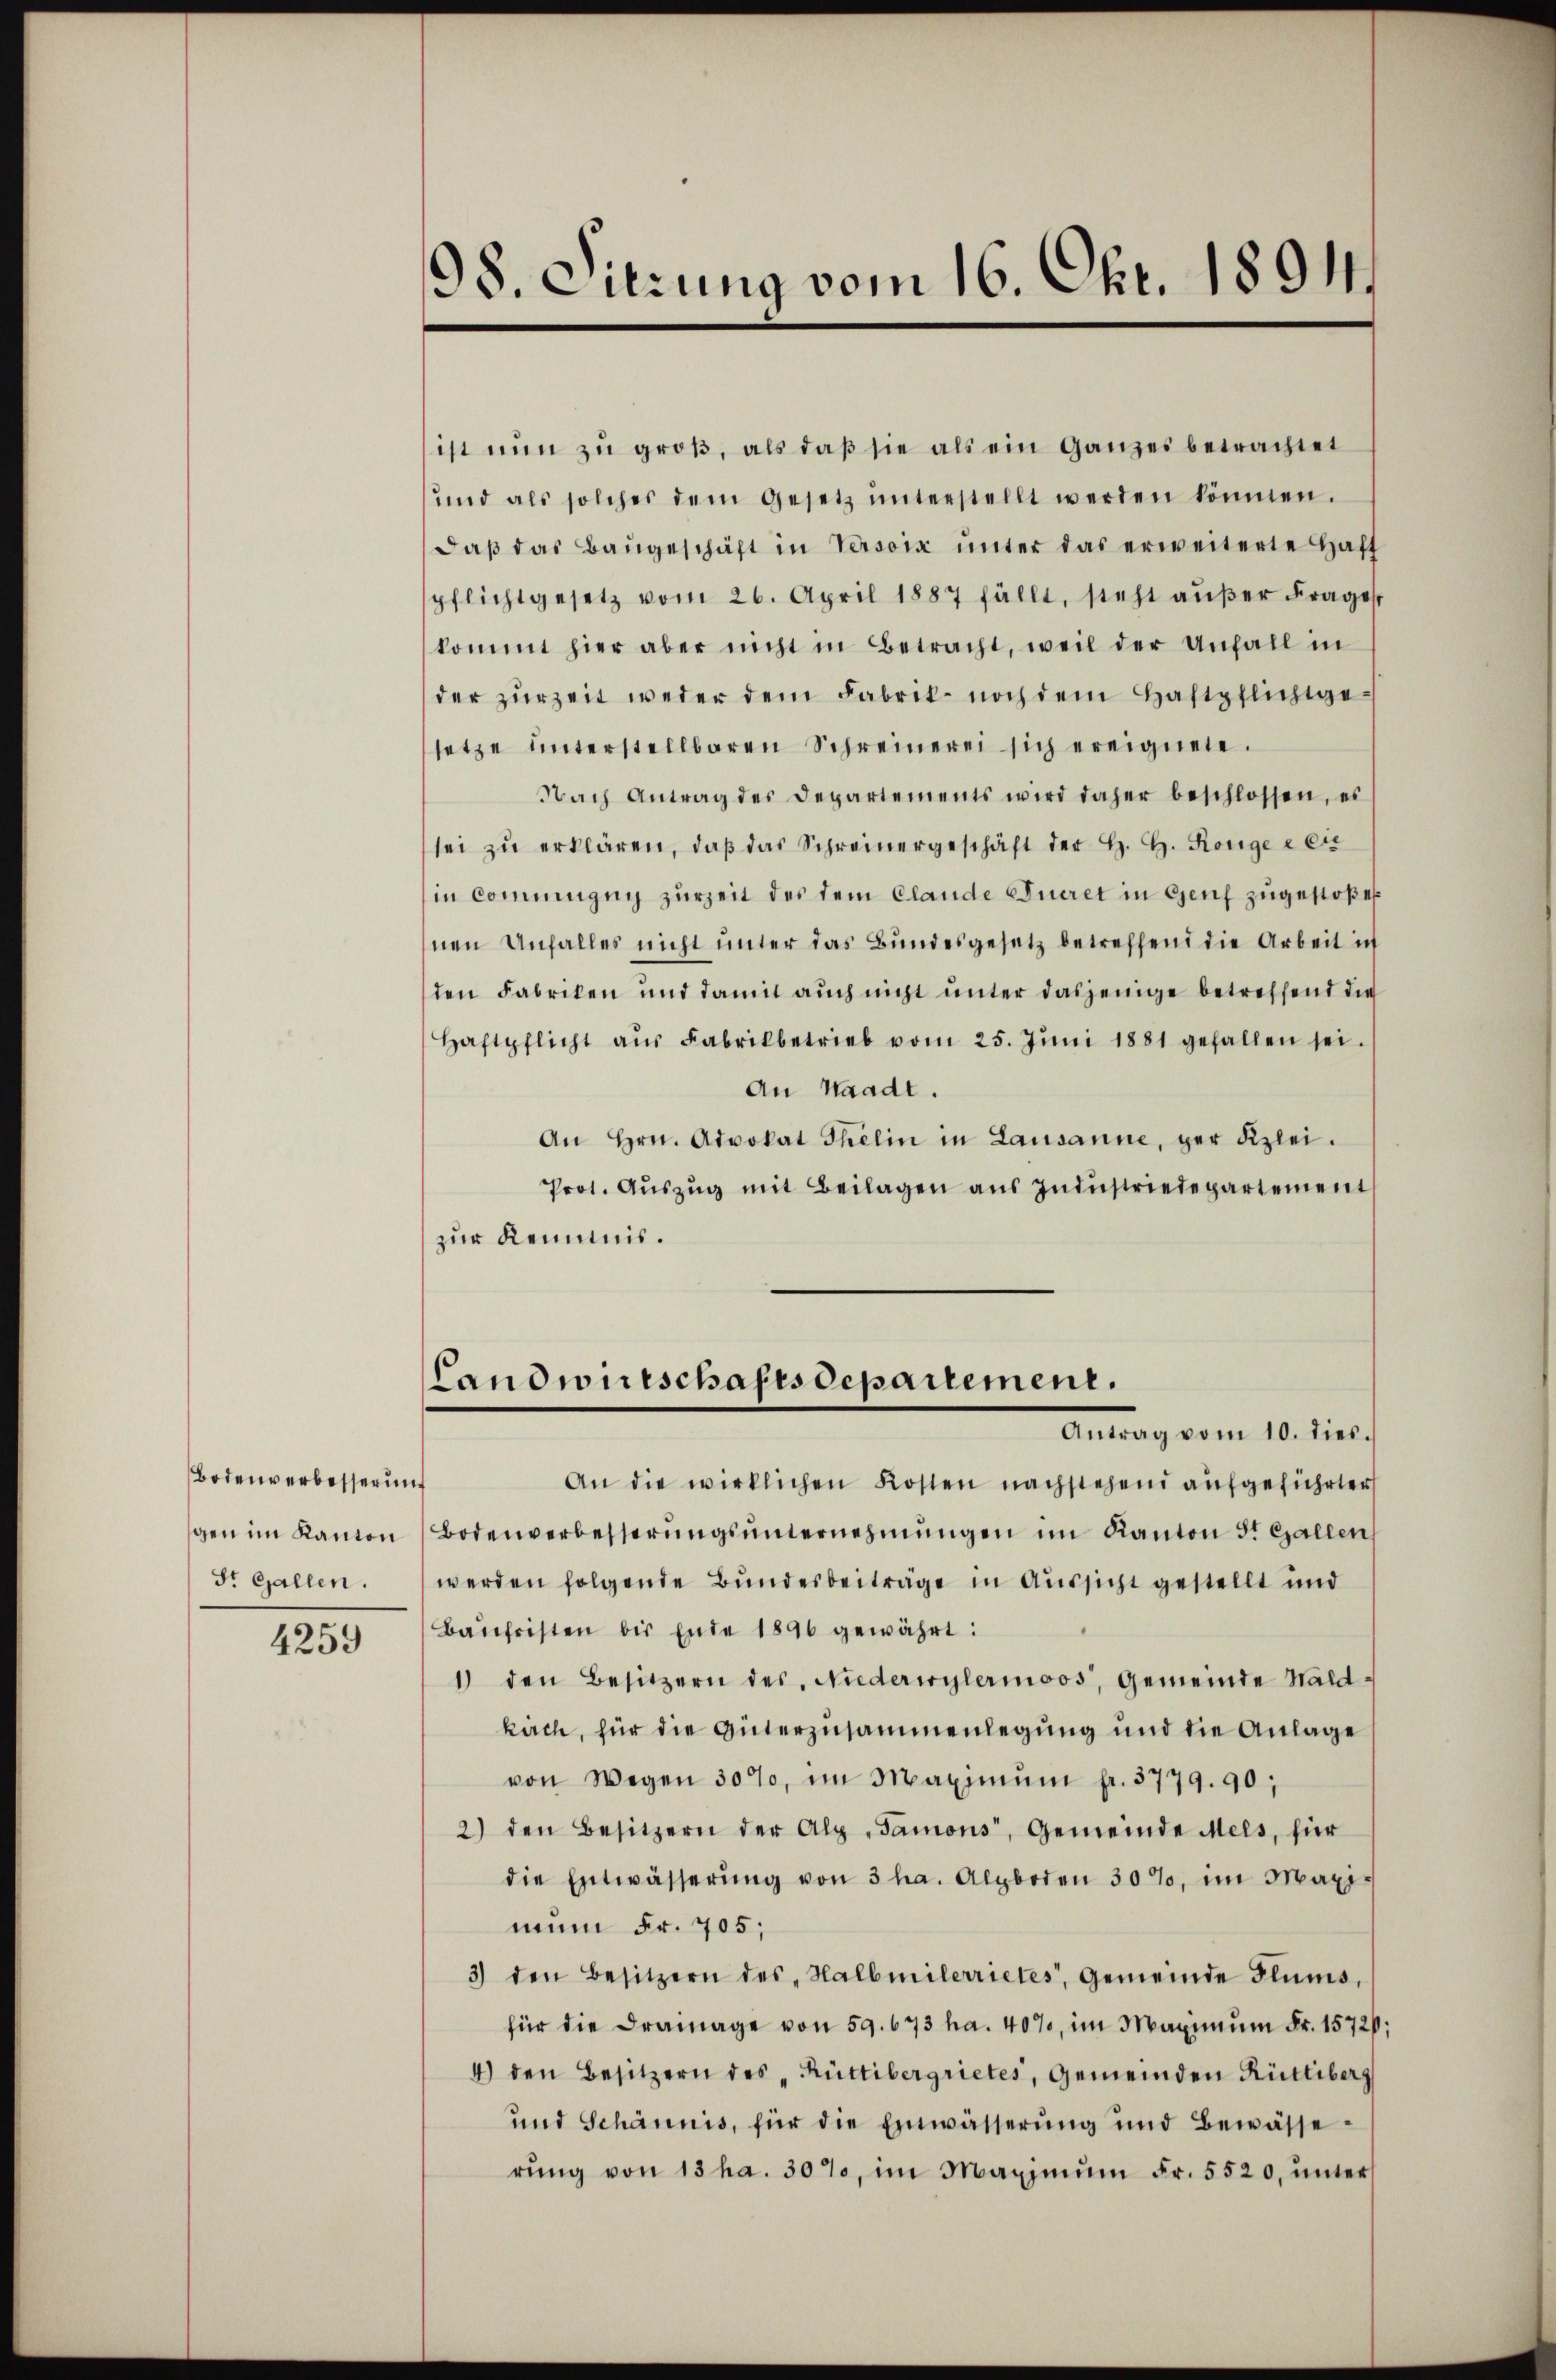
Bodenverbesserung
gen im Kanton
St. Gallen.

4259

98. Sitzung vom 16. Okt. 1894.

ist nun zu groβ, als daβ sie als ein ganzes betrachtet
und als solches dem Gesetz ŭnterstellt werden können.
daβ das Baŭgeschäft in Versoix ŭnter das erweiterte Haft
pflichtgesetz vom 26. April 1887 fällt, steht aŭβer Frages
kommt hier aber nicht in Betracht, weil der Unfall(...)
der zurzeit weder dem Fabrik- noch dem Haftpflicht gesetze unterstellbaren Schreinerei sich ereignete.
Nach Antrag des Departements wird daher beschlossen, es
sei zŭ erklären, daβ das Schreinergeschäft der H. H. Könige e cir
in Commung zurZeit des dem Clande Eueret in Genf zugestoßen
nen Unfalles nicht unter das Bundesgesetz betreffend die Arbeit ich
den Fabriken und damit auch nicht unter dasjenige betreffend die
Haftpflicht aŭs Fabrikbetrieb vom 25. Jŭni 1881 gefallen sei.
An Waadt.
An Hrn. Advokat Thelin in Lausanne, der Kzlei-
Prot. Aŭszŭg mit Beilagen aŭs Indŭstriedepartement
zur Kenntnis.
Landwirtschaftsdepartement.
Antrag vom 10. dies.
An die wirklichen Kosten nachstehend aufgeführter
Bodenverbesserŭngsŭnternehmungen im Kanton St. Gallen,
werden folgende Bundesbeiträge in Aussicht gestellt und
Baŭfristen bis Ende 1890 gewährt:
1) den Besitzern des Niederwylermoos, Gemeinde Waldkirch, für die Interzusammenlegung und die Anlage
von Wegen 30%, im Maximŭm fr. 3779. 90,
2) den Besitzern der Alp „Samons, Gemeinde Meis, für
die Entwässerŭng von 3 ha. Alpboden 30%, im Maximun Fr. 705;
3) den Besitzern des Halbmilerrietes, Gemeinde Flums,
für die Drainage von 59. 673 ha. 407, im Maximum Fr. 1572,
4) den Besitzern des „Rüttibergrietes, Gemeinden Rütliberg
und Schännis, für die Einwässerung und Bewässerŭng von 13 ha. 307, im Maximŭm Fr. 5520, ŭnter